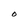
Character: O